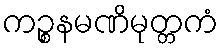
ကဉ္စနမဏိမုတ္တကံ